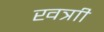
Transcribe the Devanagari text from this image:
खत्राी